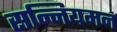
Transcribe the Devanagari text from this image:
सन्नियमन